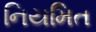
નિયમિત